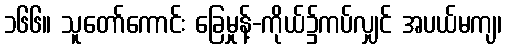
၁၆၆။ သူတော်ကောင်း ခြေမှုန့်-ကိုယ်၌ကပ်လျှင် အပယ်မကျ၊